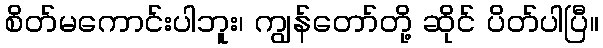
စိတ်မကောင်းပါဘူး၊ ကျွန်တော်တို့ ဆိုင် ပိတ်ပါပြီ။